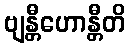
ဗျန္တီဟောန္တီတိ